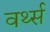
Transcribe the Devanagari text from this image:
वर्थ्स